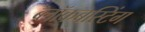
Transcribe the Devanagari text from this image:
ब्लॉकबस्टिंग